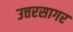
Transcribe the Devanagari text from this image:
उत्तरसागर